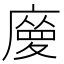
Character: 𢊿